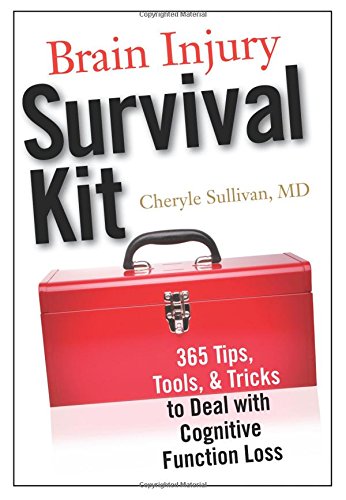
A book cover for Brain Injury Survival Kit: "365 Tips, Tools & Tricks to Deal with Cognitive Function Loss"; Dr. Cheryle Sullivan MD; Health, Fitness & Dieting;